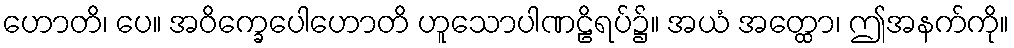
ဟောတိ၊ ပေ။ အဝိက္ခေပေါဟောတိ ဟူသောပါဏဠိရပ်၌။ အယံ အတ္ထော၊ ဤအနက်ကို။